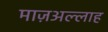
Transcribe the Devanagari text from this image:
माज़अल्लाह